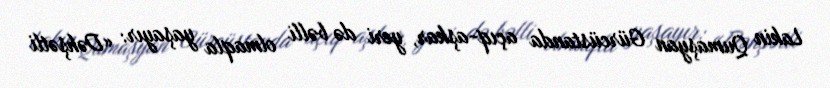
Lakin Qumaşyan Gürcüstanda açıq-aşkar, yeri də bəlli olmaqla yaşayır: «Dəhşətli